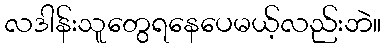
လဒါန်းသူတွေရနေပေမယ့်လည်းဘဲ။